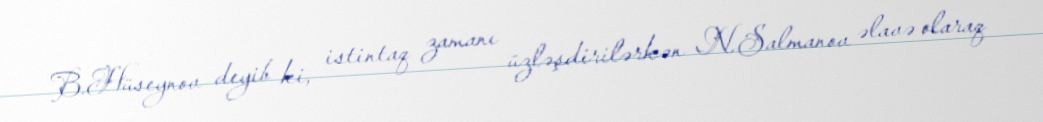
B.Hüseynov deyib ki, istintaq zamanı üzləşdirilərkən N.Salmanov əlavə olaraq